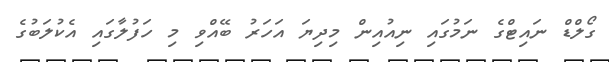
ގޯލްޑް ނައިޓްގެ ނަމުގައި ނިއުއިން މިދިޔަ އަހަރު ބޭއްވި މި ހަފުލާގައި އެކުލަބުގެ